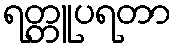
ရတ္တူပရတာ